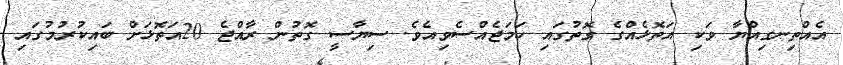
އެއްތިނގިއްޔާ ވަކި އަތޮޅެއްގެ ގޮތުގައި ހަމަޖެއްސެވިއެވެ. ސިޔާސީ ގޮތުން ރާއްޖެ 20އަތޮޅަށް ބައިކުރުމުގައި